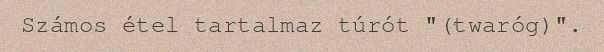
Számos étel tartalmaz túrót "(twaróg)".